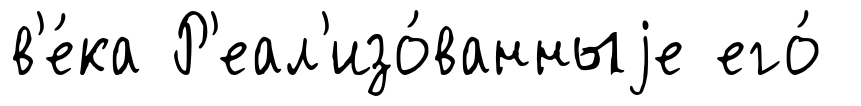
в'е́ка Р'еал'изо́ванныjе его́